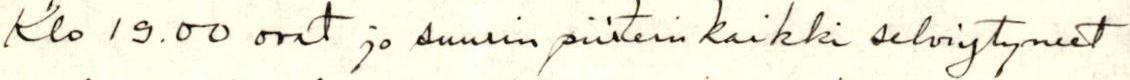
Klo 19.00 ovat jo suurin piirtein kaikki selviytyneet